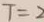
T = 2